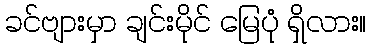
ခင်ဗျားမှာ ချင်းမိုင် မြေပုံ ရှိလား။